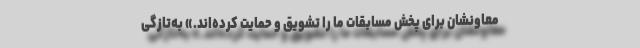
معاونشان برای پخش مسابقات ما را تشویق و حمایت کرده‌اند.» به‌تازگی